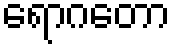
ရောဂတော